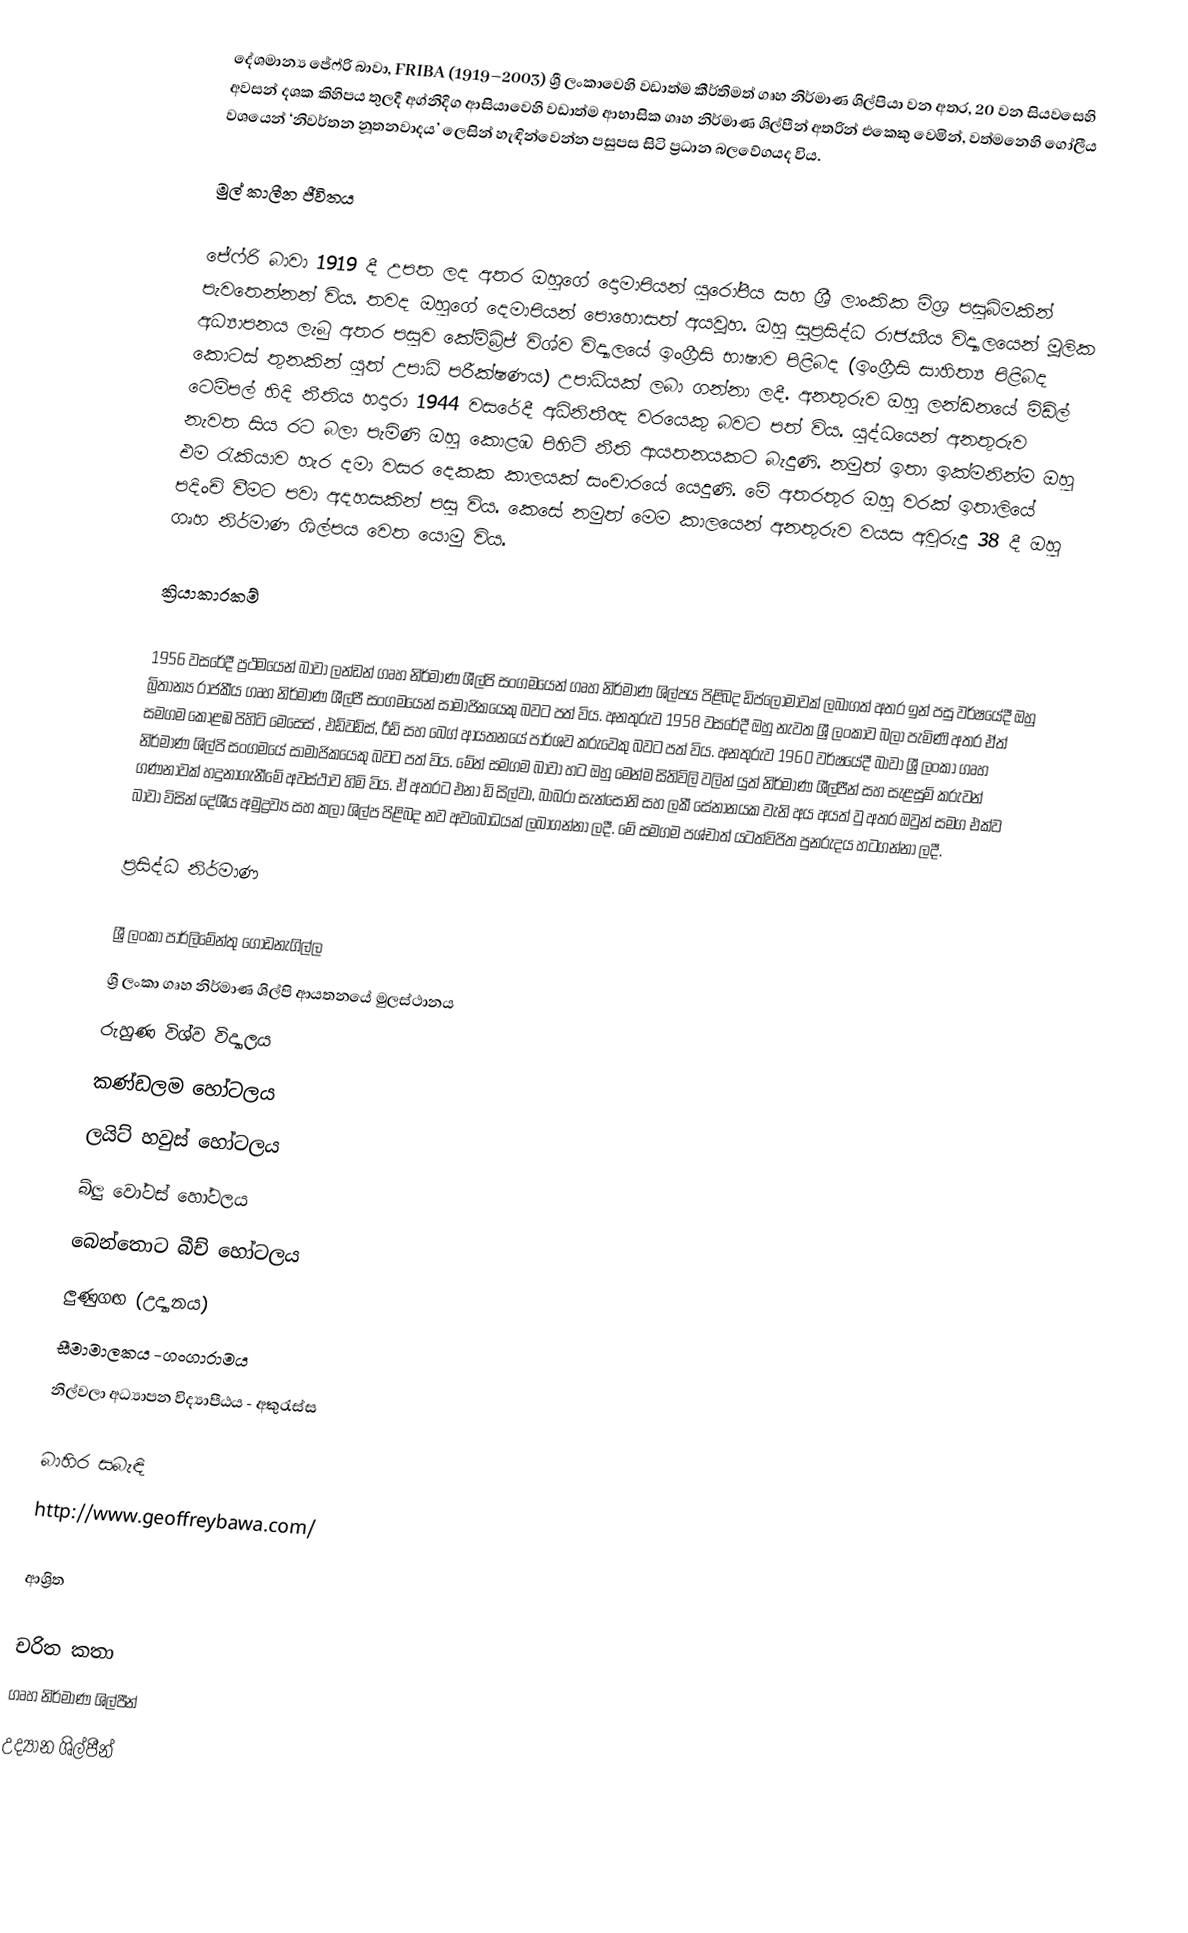
‍දේශමාන්‍ය ජේෆ්රි බාවා, FRIBA (1919–2003)  ශ්‍රී ලංකාවෙහි වඩාත්ම කීර්තිමත්  ගෘහ නිර්මාණ ශිල්පියා  වන අතර, 20 වන සියව‍සෙහි අවසන් දශක කිහිපය තුලදී අග්නිදිග ආසියාවෙහි වඩාත්ම ආභාසික ගෘහ නිර්මාණ ශිල්පීන් අතරින් එකෙකු වෙමින්, වත්මනෙහි ගෝලීය වශයෙන් ‘නිවර්තන නූතනවාදය’ ලෙසින් හැඳින්වෙන්න පසුපස සිටි ප්‍රධාන බලවේගයද විය.

මුල් කාලීන ජීවිතය

ජේෆ්රි බාවා 1919 දී උපත ලද අතර ඔහුගේ දොමාපියන් යුරෝපීය සහ ශ්‍රී ලාංකික මිශ්‍ර පසුබිමකින් පැවතෙන්නන් විය. තවද ඔහුගේ දෙමාපියන් පොහොසත් අයවූහ. ඔහු සුප්‍රසිද්ධ රාජකීය විද්‍යාලයෙන් මූලික අධ්‍යාපනය ලැබු අතර පසුව කේම්බ්‍රිජ් විශ්ව විද්‍යාලයේ ඉංග්‍රීසි භාෂාව පිළිබද (ඉංග්‍රීසි සාහිත්‍ය පිළිබද කොටස් තුනකින් යුත් උපාධි පරීක්ෂණය) උපාධියක් ලබා ගන්නා ලදී. අනතුරුව ඔහු ලන්ඩනයේ මිඩ්ල් ටෙම්පල් හිදි නීතිය හදාරා 1944 වසරේදී අධිනිතීඥ වරයෙකු බවට පත් විය. යුද්ධයෙන් අනතුරුව නැවත සිය රට බලා පැමිණි ඔහු කොළඹ පිහිටි නීති ආයතනයකට බැදුණි. නමුත් ඉතා ඉක්මනින්ම ඔහු එම රැකියාව හැර දමා වසර ‍දෙකක කාලයක් සංචාරයේ යෙදුණි. මේ අතරතුර ඔහු වරක් ඉතාලියේ පදිංචි වීමට පවා අදහසකින් පසු විය. කෙසේ නමුත් මෙම කාලයෙන් අනතුරුව වයස අවුරුදු 38 දී ඔහු ගෘහ නිර්මාණ ශිල්පය වෙත යොමු විය.

ක්‍රියාකාරකම්

1956 වසරේදී ප්‍රථමයෙන් බාවා ලන්ඩන් ගෘහ නිර්මාණ ශීල්පි සංගමයෙන් ගෘහ නිර්මාණ ශිල්පය පිළිබද ඩිප්ලෝමාවක් ලබාගත් අතර ඉන් පසු වර්ෂයේදී ඔහු බ්‍රිතාන්‍ය රාජකීය ගෘහ නිර්මාණ ශීල්පී සංගමයෙන් සාමාජිකයෙකු බවට පත් විය. අනතුරුව 1958 වසරේදී ඔහු නැවත ශ්‍රී ලංකාව බලා පැමිණි අතර ඒත් සමගම කොළඹ පිහිටි මෙසෙස් , එඩ්වඩ්ස්, රීඩ් සහ බෙග් ආයතනයේ පාර්ශව කරුවෙකු බවට පත් විය. අනතුරුව 1960 වර්ෂයේදී බාවා ශ්‍රී ලංකා ගෘහ නිර්මාණ ශිල්පි සංගමයේ සාමාජිකයෙකු බවට පත් විය. මේත් සමගම බාවා හට ඔහු මෙන්ම සිතිවිලි වලින් යුත් නිර්මාණ ශීල්පීන් සහ සැළසුම් කරුවන් ගණනාවක් හදුනාගැනීමේ අවස්ථාව හිමි විය. ඒ අතරට එනා ඩි සිල්වා, බාබරා සැන්සෝනි සහ ලකී සේනානයක වැනි අය අයත් වු අතර ඔවුන් සමග එක්ව බාවා විසින් දේශීය අමුද්‍රව්‍ය සහ කලා ශිල්ප පිළිබද නව අවබෝධයක් ලබාගන්නා ලදී. මේ සමගම පශ්චාත් යටත්විජිත පුනරුදය හටගන්නා ලදී.

ප්‍රසිද්ධ නිර්මාණ

ශ්‍රී ලංකා පාර්ලිමේන්තු ගොඩනැගිල්ල
	ශ්‍රී ලංකා ගෘහ නිර්මාණ ශිල්පි ආයතනයේ මුලස්ථානය
	‍රුහුණ විශ්ව විද්‍යාලය
	කණ්ඩලම හෝටලය
	ලයිට් හවුස් හෝටලය
	බ්ලු වෝටස් හෝටලය
බෙන්තොට බීච් හෝටලය
ලුණුගඟ (උද්‍යානය)
සීමාමාලකය -‍ගංගාරාමය
 නිල්වලා අධ්‍යාපන විද්‍යාපීඨය - අකුරැස්ස

බාහිර සබැඳි
http://www.geoffreybawa.com/

ආශ්‍රිත

චරිත කතා
ගෘහ නිර්මාණ ශිල්පීන්
උද්‍යාන ශිල්පීන්